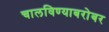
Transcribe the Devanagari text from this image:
चालविण्याबरोबर